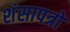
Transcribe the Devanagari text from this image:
शंसापत्रों